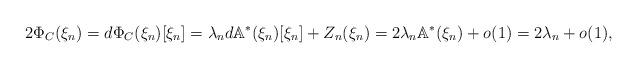
LaTeX: \begin{align*}2 \Phi_C(\xi_n) = d\Phi_C(\xi_n)[\xi_n] = \lambda_n d\mathbb{A}^*(\xi_n)[\xi_n] + Z_n(\xi_n) = 2 \lambda_n \mathbb{A}^*(\xi_n) + o(1) = 2 \lambda_n + o(1),\end{align*}